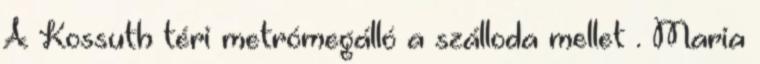
A Kossuth téri metrómegálló a szálloda mellet . Maria